Account of plague administration in the Bombay Presidency from September 1896 till May 1897
Year: 1896
Disease focus: Plague
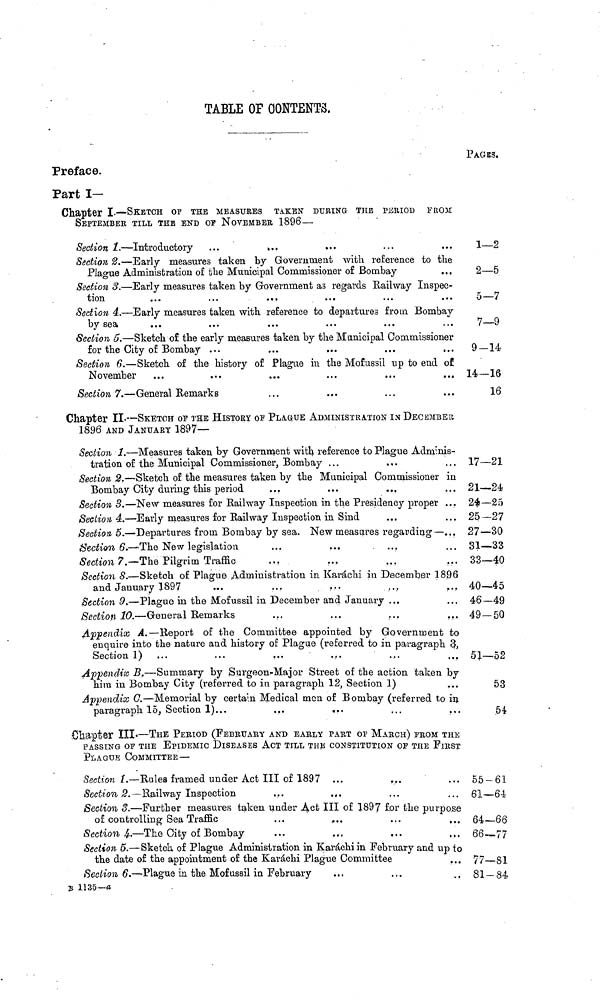
TABLE OF CONTENTS,
Preface.
Part I—
Chapter I. — SKETCH OP THE MEASURES TAKEN DURING THE PERIOD FROM
SEPTEMBER TILL THE END or NOVEMBER 1896 —
Section 1 . — Introductory
...
...
...
Section 2. — Early measures taken by Government with reference to the
Plague Administration of the Municipal Commissioner o£ Bombay
Section 3. — Early measures taken by Government as regards Railway Inspec-
tion
...
...
...
Section 4. — Early measures taken with reference to departures from Bombay
by sea
Section 5. — Sketch of the early measures taken by the Municipal Commissioner
for the City of Bombay ...
Section 6. — Sketch of the history of Plague in the Mofussil up to end of
November
Section 7. — General Remarks
Chapter II. — SKETCH OF THE HISTORY OF PLAGUE ADMINISTRATION IN DECEMBER
1896 AND JANUARY 1897—
Section 1. — Measures taken by Government with reference to Plague Adminis-
tration of the Municipal Commissioner, Bombay ...
...
Section 2. — Sketch of the measures taken by the Municipal Commissioner in
Bombay City during this period
Section 3. — New measures for Railway Inspection in the Presidency proper ...
Section 4. — Early measures for Railway Inspection in Sind
Section, 5. — Departures from Bombay by sea. New measures regarding—...
Section 6.— The New legislation
...
...
...
Section 7.— The Pilgrim Traffic
Section 8. — Sketch of Plague Administration in Karachi in December 1896
and January 1897
...
...
...
....
...
Section 9. — Plague in the Mofussil in December and January ...
Section 10. — General Remarks
Appendix A. — Report of the Committee appointed by Government to
enquire into the nature and history of Plague (referred to in paragraph 3,
Section 1) ...
...
...
Appendix B. — Summary by Surgeon-Major Street of the action taken by
him in Bombay City (referred to in paragraph 12, Section 1)
Appendix C. — Memorial by certain Medical men of Bombay (referred to in
paragraph 15, Section 1)...
...
...
Chapter III.— THE PERIOD (FEBRUARY AND EARLY PART OF MARCH) FROM THE
PASSING OF THE EPIDEMIC DISEASES ACT TILL THE CONSTITUTION OF THE FIRST
PLAGUE COMMITTEE —
Section 1, — Rules framed under Act III of 1897
Section 2. — Railway Inspection
...
...
Section 3. — Further measures taken under Act III of 1897 for the purpose
of controlling Sea Traffic
...
...
Section 4. — The City of Bombay
...
...
...
...
Section 5. — Sketch of Plague Administration in Karachi in February and up to
the date of the appointment of the Karachi Plague Committee
Section 6. — Plague in. the Mofussil in February
B 1135-α
PAGES.
1—2
2—5
5—7
7—9
9-14
14-16
16
17—21
21—24
24—25
25—27
27—30
31—33
33—40
40—45
46—49
49—50
51—52
53
54
55—61
61—64
64—66
66—77
77-81
81-84